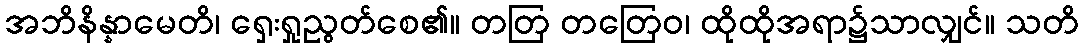
အဘိနိန္နာမေတိ၊ ရှေးရှုညွတ်စေ၏။ တတြ တတြေဝ၊ ထိုထိုအရာ၌သာလျှင်။ သတိ